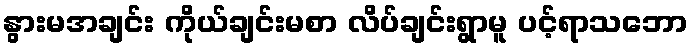
နွားမအချင်း ကိုယ်ချင်းမစာ လိပ်ချင်းရွာမူ ပင့်ရာသဘော